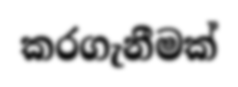
කරගැනීමක්